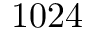
1 0 2 4